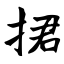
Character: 捃